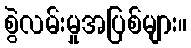
စွဲလမ်းမှုအပြစ်များ။